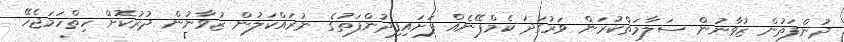
ދުންފަތުން ޒުވާނުން ސަލާމަތްކުރަން ވަރުގަދަ ކެމްޕޭނެއް ފަށައިފިދުންފަތުގެ ނުރައްކަލުން ޒުވާނުން ދުރުކޮށް ހިތްހަމަޖެހޭ